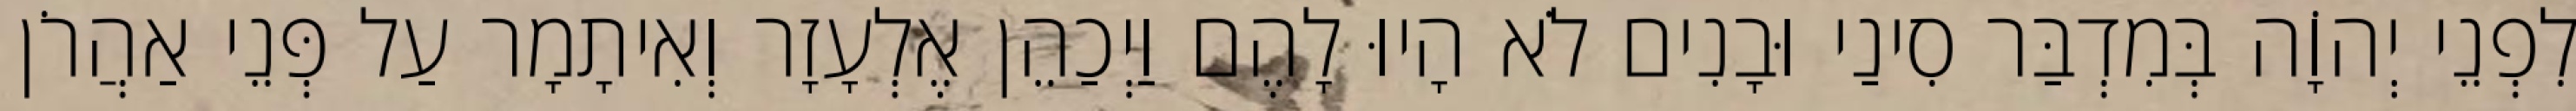
לִפְנֵי יְהוָֹה בְּמִדְבַּר סִינַי וּבָנִים לֹא הָיוּ לָהֶם וַיְכַהֵן אֶלְעָזָר וְאִיתָמָר עַל פְּנֵי אַהֲרֹן